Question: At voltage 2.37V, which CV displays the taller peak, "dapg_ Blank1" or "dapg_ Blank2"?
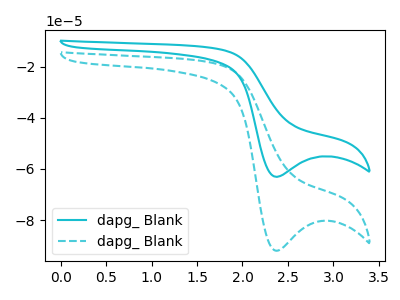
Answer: <think>The cyan curve "dapg_ Blank1" has a cathodic peak at: (2.35V, -63.10uA). The cyan dashed curve "dapg_ Blank2" has a cathodic peak at: (2.35V, -92.00uA).</think>
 <answer>The peak at 2.37V is lower in "dapg_ Blank1" than in "dapg_ Blank2".</answer>
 <eval>lower</eval>